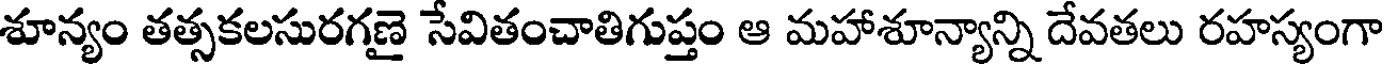
శూన్యం తత్సకలసురగణై సేవితంచాతిగుప్తం ఆ మహాశూన్యాన్ని దేవతలు రహస్యంగా